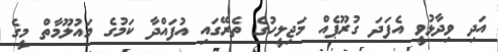
އަދި ވިދާޅުވީ އެފަދަ ގުރޫޕެއް މަޖިލީހުގެ ތެރޭގައި އުފައްދާ ކަމުގެ މައުލޫމާތް މީގެ